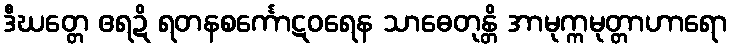
ဒီဃတ္တေ ဧရဍိ ရတနစင်္ကောဋဝရေန သာဓေတုန္တိ အာမုက္ကမုတ္တာဟာရော